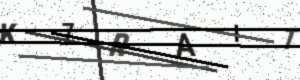
Text: K7RAIT